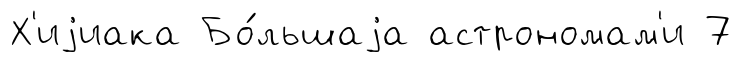
Х'иjиака Бо́льшаjа астрономам'и 7